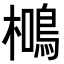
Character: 𭬖